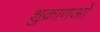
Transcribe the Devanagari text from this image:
शुक्राणओं